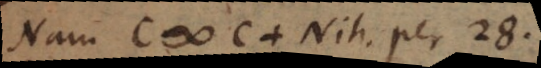
Nam C # C + Nih. per 28.